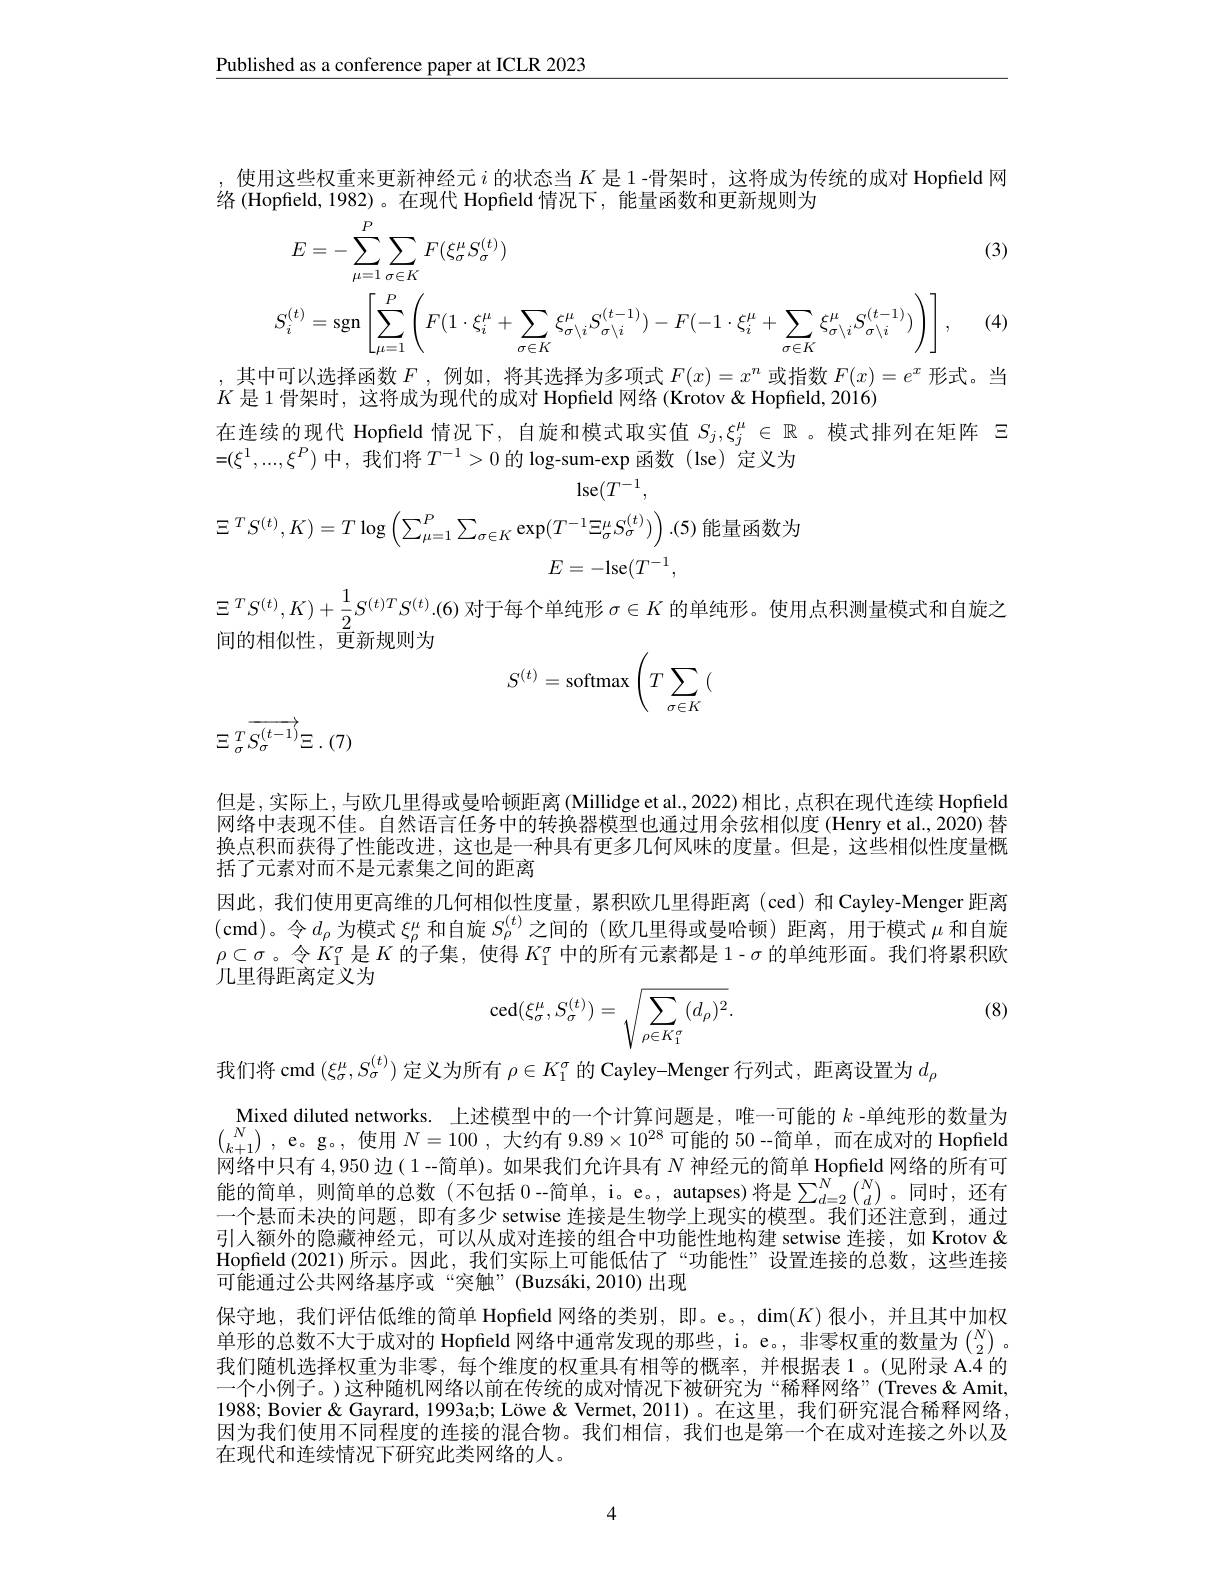
$\underline{\text{Published as a conference paper at ICLR 2023}}$

使用这些权重来更新神经元$i$的状态当$K$是 1 -骨架时，这将成为传统的成对 Hopfield 网
络 (Hopfield, 1982)。在现代 Hopfield 情况下，能量函数和更新规则为
$$\begin{aligned}&E=-\sum_{\mu=1}^{P}\sum_{\sigma\in K}F(\xi_{\sigma}^{\mu}S_{\sigma}^{(t)})\\&S_{i}^{(t)}=\mathrm{sgn}\left[\sum_{\mu=1}^{P}\left(F(1\cdot\xi_{i}^{\mu}+\sum_{\sigma\in K}\xi_{\sigma\setminus i}^{\mu}S_{\sigma\setminus i}^{(t-1)})-F(-1\cdot\xi_{i}^{\mu}+\sum_{\sigma\in K}\xi_{\sigma\setminus i}^{\mu}S_{\sigma\setminus i}^{(t-1)})\right)\right],\end{aligned}$$
(3)

, (4)
,其中可以选择函数$F$,例如，将其选择为多项式$F(x)=x^n$或指数$F(x)=e^x$形式。当

$K$是1 骨架时，这将成为现代的成对 Hopfield 网络(Krotov& Hopfield, 2016)
在连续的现代 Hopfeld 情况下，自旋和模式取实值$S_j,\xi_j^\mu\in\mathbb{R}$ 。模式排列在矩阵$\Xi$
$=(\xi^{1},...,\xi^{P})$中，我们将$T^-1>0$的 log-sum-exp 函数(lse)定义为
$\operatorname{lse}(T^{-1}$,

$\Xi^{T}S^{(t)},K)=T\log\left(\sum_{\mu=1}^{P}\sum_{\sigma\in K}\exp(T^{-1}\Xi_{\sigma}^{\mu}S_{\sigma}^{(t)})\right).(5)$能量函数为
$E=-$lse$(T^-1$,

$\Xi ^TS^{( t) }, K) + \frac 12S^{( t) T}S^{( t) }. ( 6)$ 对 于 每 个 单 纯 形 $\sigma \in K$ 的 单 纯 形 。使 用 点 积 测 量 模 式 和 自 旋 之 间 的 相 似 性 , 更 新 规 则 为
$$S^{(t)}=\text{softmax}\left(T\sum_{\sigma\in K}{(}\right.$$
$\Xi \:_{\sigma }^{T}\overline {S_{\sigma }^{( t- 1) }}\Xi$ . (7)

但是，实际上，与欧几里得或曼哈顿距离(Millidge et al., 2022) 相比，点积在现代连续 Hopfield 网络中表现不佳。自然语言任务中的转换器模型也通过用余弦相似度 (Henry et al., 2020) 替换点积而获得了性能改进，这也是一种具有更多几何风味的度量。但是，这些相似性度量概括了元素对而不是元素集之间的距离
因此，我们使用更高维的几何相似性度量，累积欧几里得距离(ced)和 Cayley-Menger 距离(cmd)。令$d_\rho$为模式$\xi_\rho^\mu$和自旋$S_\rho^{(t)}$之间的 (欧几里得或曼哈顿) 距离，用于模式$\mu$和自旋$\rho\subset\sigma$。令$K_1^\sigma$是$K$ 的 子 集 , 使 得 $K_1^\sigma$中的所有元素都是 1- $\sigma$的单纯形面。我们将累积欧几里得距离定义为
$$\text{ced}(\xi_\sigma^\mu,S_\sigma^{(t)})=\sqrt{\sum_{\rho\in K_1^\sigma}(d_\rho)^2}.$$
(8)

我们将 cmd $(\xi_\sigma^\mu,S_\sigma^{(t)})$定义为所有$\rho\in K_1^\sigma$的 Cayley-Menger 行列式，距离设置为$d_\rho$
Mixed diluted networks. 上述模型中的一个计算问题是，唯一可能的$k$ -单纯形的数量为$\binom N{k+ 1}$ , e。g。, 使用$N=100$ ,大约有 9.89$\times10^28$可能的 50 --简单，而在成对的 Hopfield 网络中只有4，950边( 1 -简单)。如果我们允许具有$N$神经元的简单 Hopfield 网络的所有可能的简单，则简单的总数(不包括 0-简单，i。e。, autapses)将是$\sum_d=2^N\binom Nd$。同时，还有一个悬而未决的问题，即有多少 setwise 连接是生物学上现实的模型。我们还注意到，通过引人额外的隐藏神经元，可以从成对连接的组合中功能性地构建 setwise 连接，如 Krotov & Hopfield (2021)所示。因此，我们实际上可能低估了“功能性”设置连接的总数，这些连接可能通过公共网络基序或“突触”(Buzsáki,2010)出现
保守地，我们评估低维的简单 Hopfield 网络的类别，即。e。, $\dim(K)$很小，并且其中加权单形的总数不大于成对的 Hopfield 网络中通常发现的那些，i。e。, 非零权重的数量为$\binom N2$ 。我们随机选择权重为非零，每个维度的权重具有相等的概率，并根据表1。(见附录 A.4 的一个小例子。)这种随机网络以前在传统的成对情况下被研究为“稀释网络”(Treves "(Treves & Amit, 1988; Bovier & Gayrard, 1993a;b; Löwe & Vermet, 2011)。在这里，我们研究混合稀释网络因为我们使用不同程度的连接的混合物。我们相信，我们也是第一个在成对连接之外以及在现代和连续情况下研究此类网络的人。

4